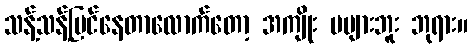
သန့်သန့်ပြင်နေတာလောက်တော့ အကျိုး မများဘူး ဘုရား။